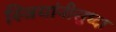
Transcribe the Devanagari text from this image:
स्त्रियांनीसुध्दा